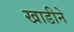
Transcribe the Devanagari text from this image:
खाडीने